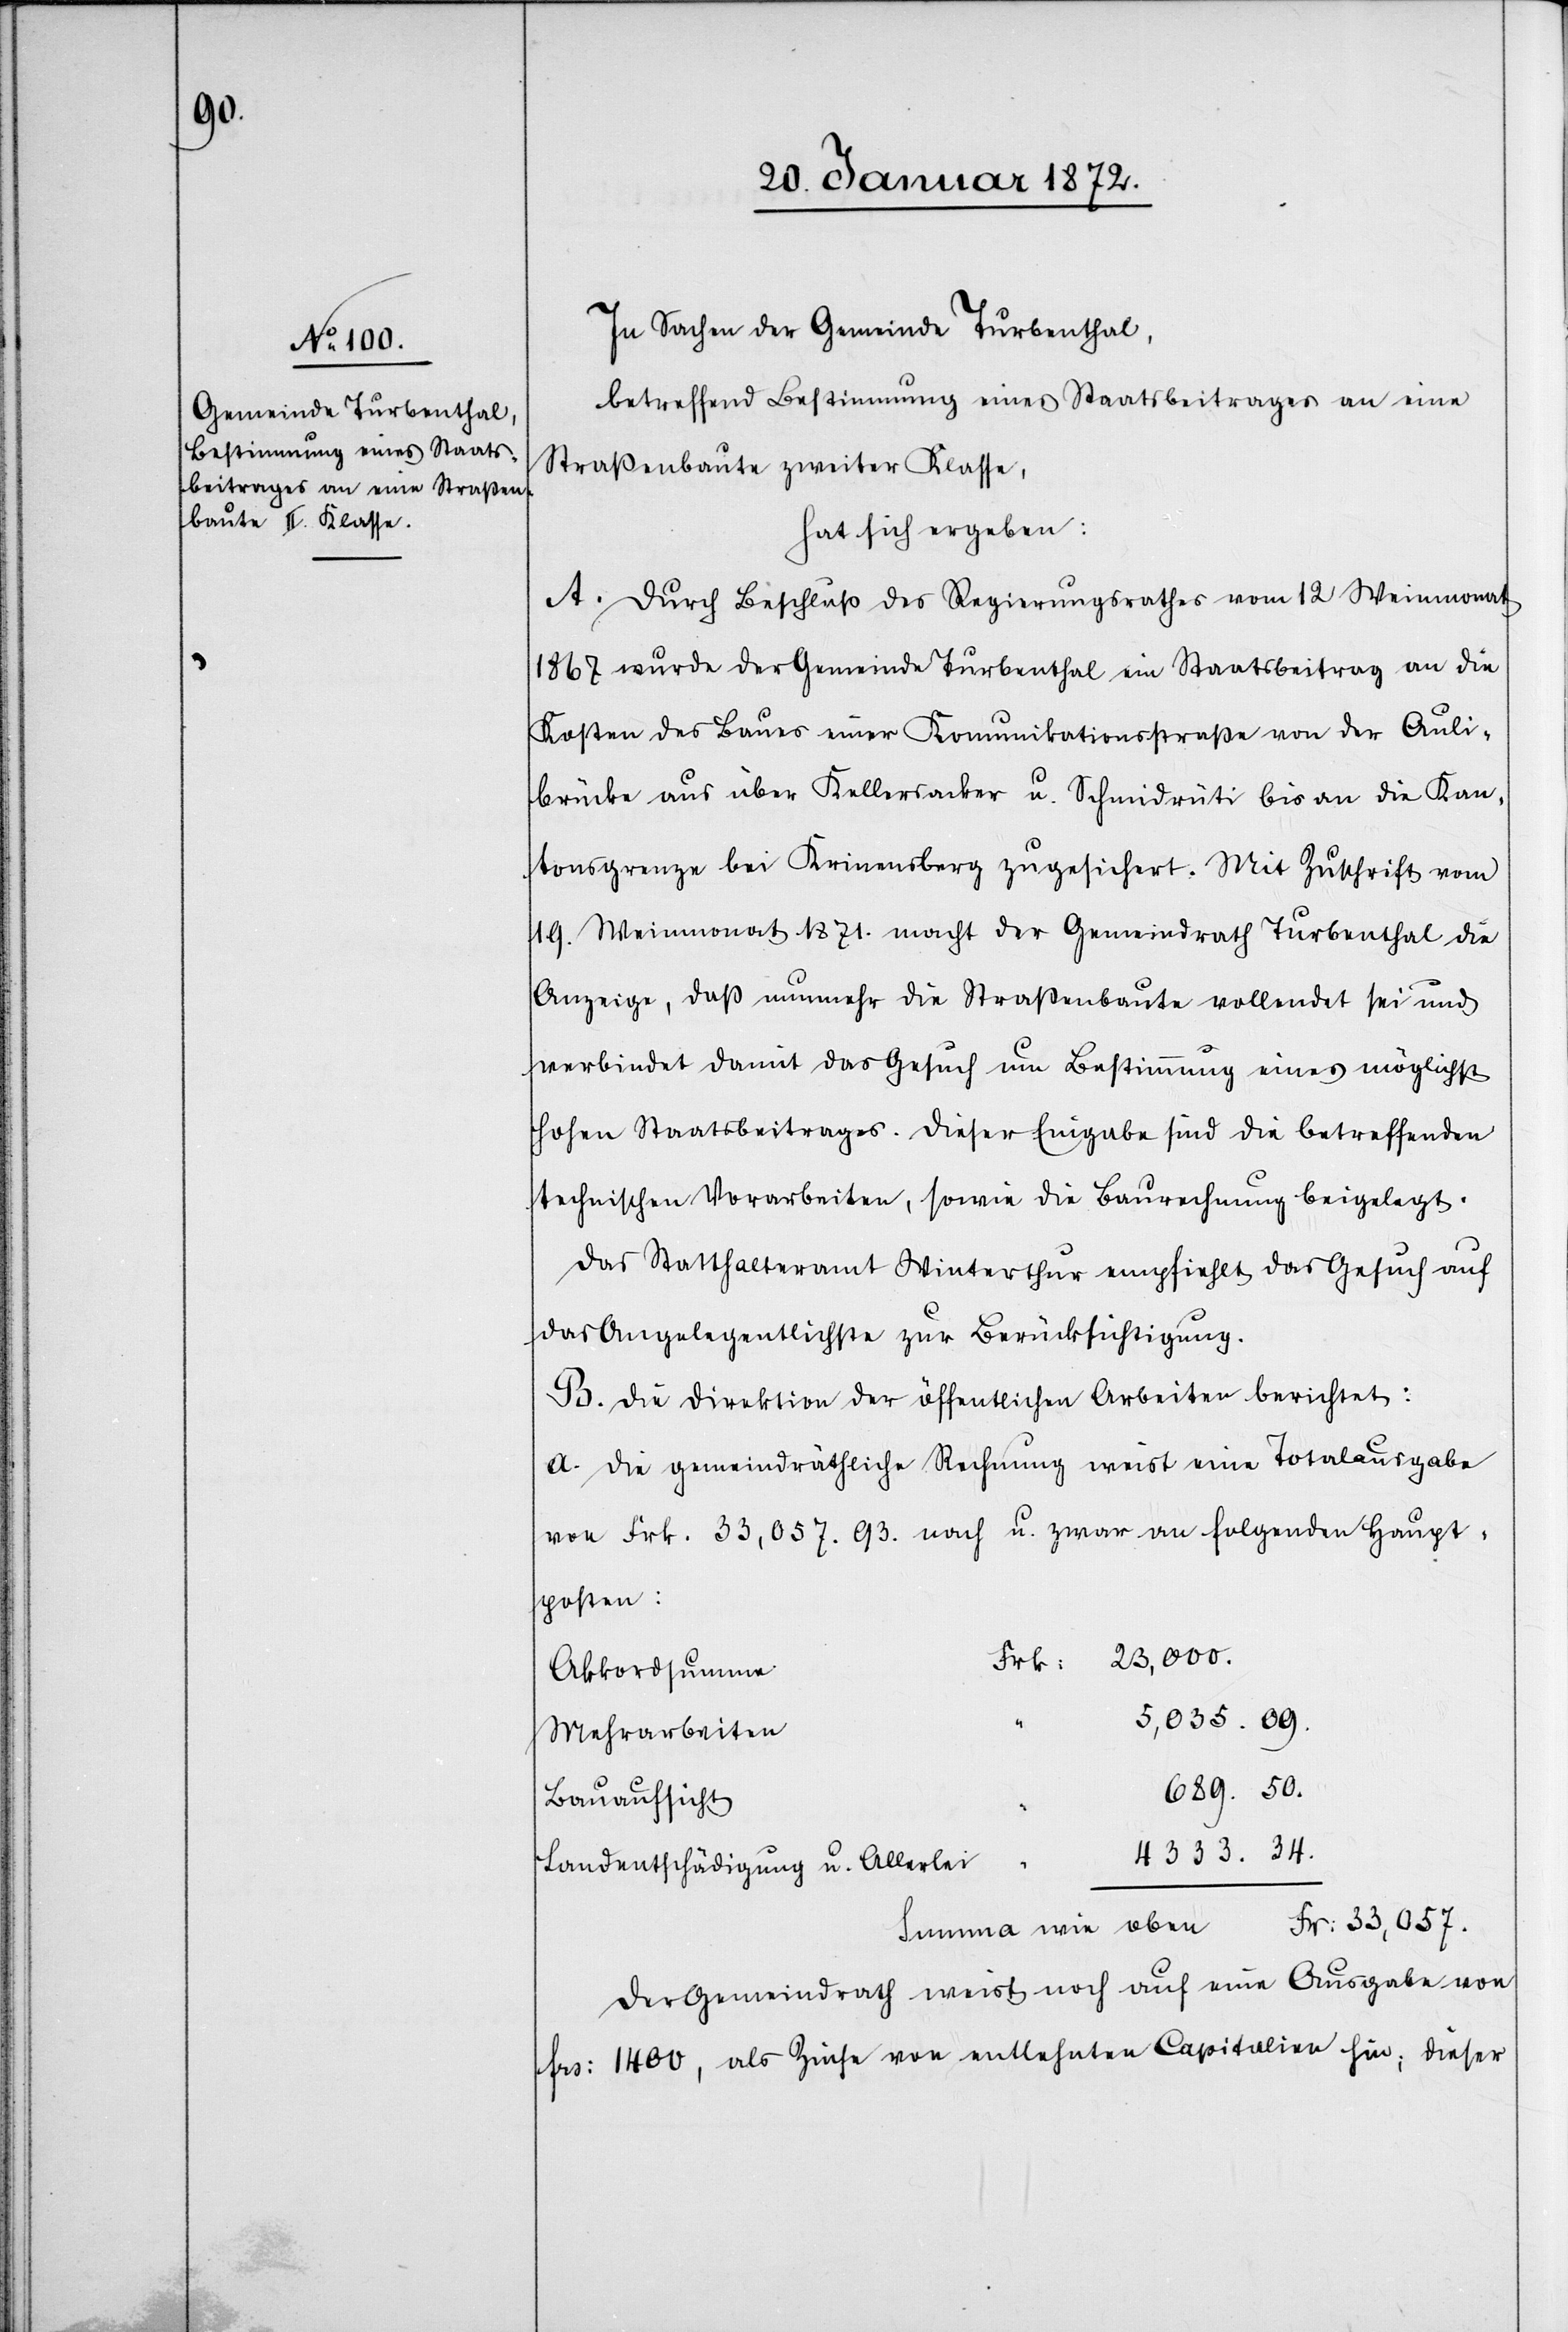
In Sachen der Gemeinde Turbenthal,
betreffend Bestimmung eines Staatsbeitrages an eine
Straßenbaute zweiter Klasse,
hat sich ergeben:
A. Durch Beschluß des Regierungsrathes vom 12 Weinmonat
1867 wurde der Gemeinde Turbenthal ein Staatsbeitrag an die
Kosten des Baues einer Komunikationsstraße von der Auli¬
brücke aus über Kellersacker u. Schmidrüti bis an die Kan¬
tonsgrenze bei Krinensberg zugesichert. Mit Zuschrift vom
19. Weinmonat 1871. macht der Gemeindrath Turbenthal die
Anzeige, daß nunmehr die Straßenbaute vollendet sei und
verbindet damit das Gesuch um Bestimmung eines möglichst
hohen Staatsbeitrages. Dieser Eingabe sind die betreffenden
technischen Vorarbeiten, sowie die Baurechnung beigelegt.
Das Statthalteramt Winterthur empfiehlt das Gesuch auf
das Angelegentlichste zur Berücksichtigung.
B. Die Direktion der öffentlichen Arbeiten berichtet:
a. Die gemeindräthliche Rechnung weist eine Totalausgabe
von Frk. 33,057.93. nach u. zwar an folgenden Haupt¬
posten:
23,000.
Frk:
Akkordsumme
5,035.09.
Mehrarbeiten
689.50.
Bauaufsicht
4333.34.
Landentschädigung u. Allerlei
Fr: 33,057.
Summa wie oben
Der Gemeindrath weist noch auf eine Ausgabe von
frs: 1400, als Zinse von entlehnten Capitalien hin; dieser